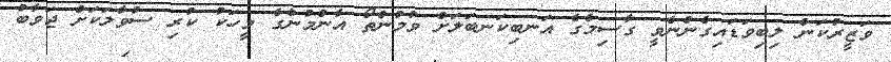
ވަޒީރުކަން ލިބިވަޑައިގެންނެވީ ގާސިމްގެ އަނބިކަނބަލަށް ވުމުންތޯ އާންމުންގެ މީހަކު ކުރި ސުވާލަކަށް ޖަވާބު